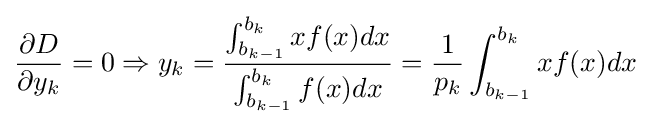
{\partial D \over \partial y_{k}}=0\Rightarrow y_{k}={\int _{b_{k-1}}^{b_{k}}xf(x)dx \over \int _{b_{k-1}}^{b_{k}}f(x)dx}={\frac {1}{p_{k}}}\int _{b_{k-1}}^{b_{k}}xf(x)dx